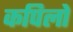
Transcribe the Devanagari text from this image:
कपिलो